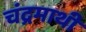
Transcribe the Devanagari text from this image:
चंद्रमाथी